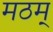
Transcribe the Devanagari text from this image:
मठम्